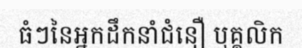
ធំៗនៃអ្នកដឹកនាំជំនឿ បុគ្គលិក